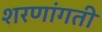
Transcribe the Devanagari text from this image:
शरणांगती